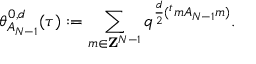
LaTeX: \theta _ { A _ { N - 1 } } ^ { 0 , d } ( \tau ) : = \sum _ { m \in { \bf Z } ^ { N - 1 } } q ^ { \frac { d } { 2 } ( { } ^ { t } m A _ { N - 1 } m ) } .